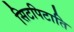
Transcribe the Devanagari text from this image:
सिटपिटाति